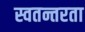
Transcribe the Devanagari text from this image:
स्वतन्तरता